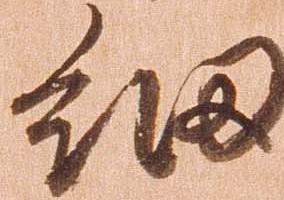
細